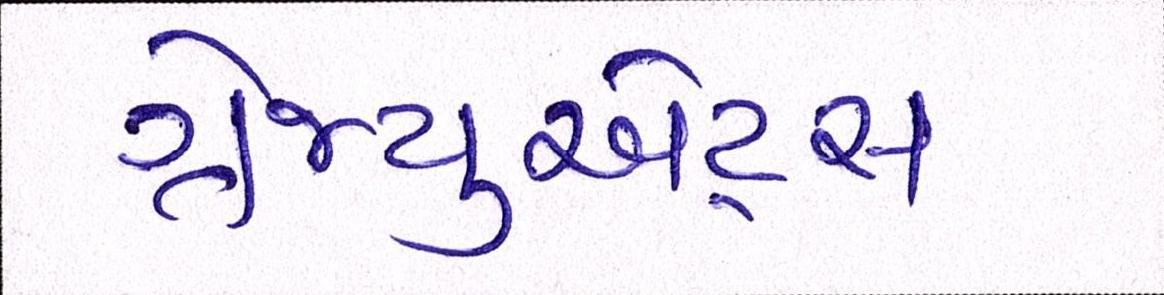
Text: ગ્રેજ્યુએટ્સ